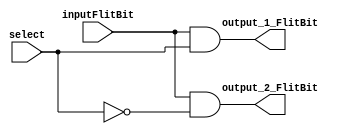
module demultiplexer_1x2(select,inputFlitBit,output_1_FlitBit, output_2_FlitBit);

	input wire inputFlitBit, select;
	output wire output_1_FlitBit,output_2_FlitBit;

	and a1(output_1_FlitBit,inputFlitBit,select);
	and a2(output_2_FlitBit,inputFlitBit,~select);

endmodule